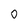
Character: 0